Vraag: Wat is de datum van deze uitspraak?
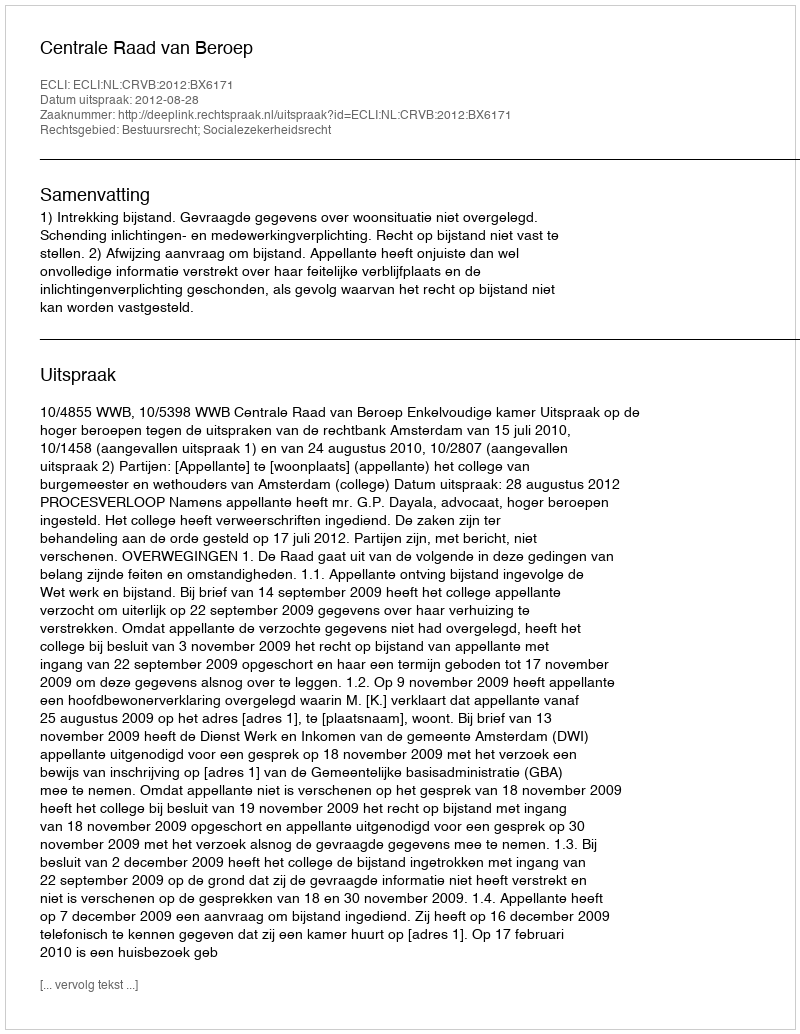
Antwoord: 2012-08-28